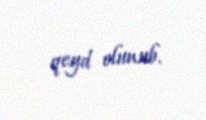
qeyd olunub.